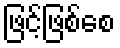
ဖြင့်ဖြစ်စေ